Senior Leaving Certificate Examination (including Day School Certificate (Higher) General paper), 1947
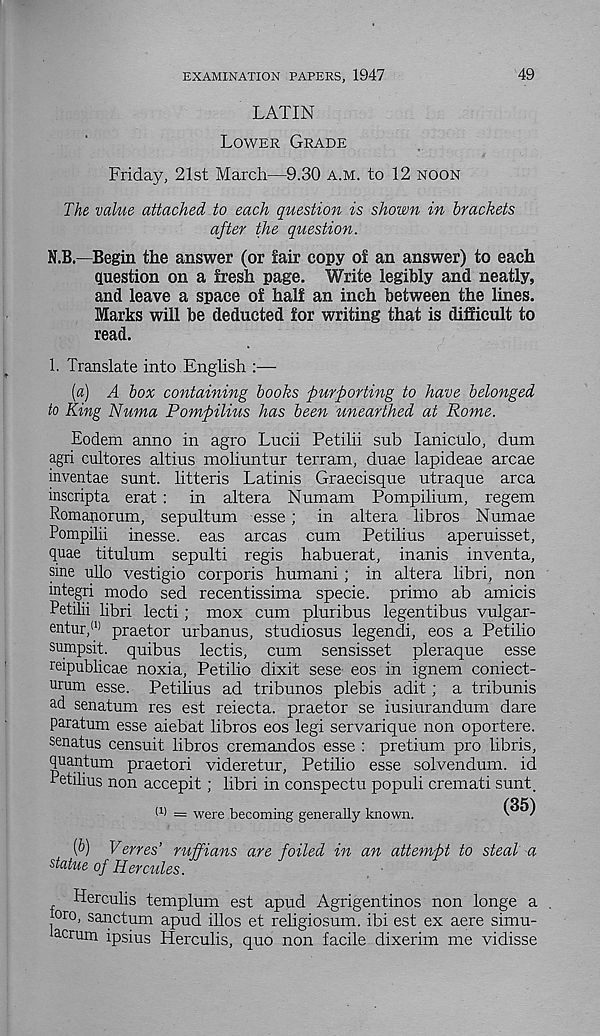
EXAMINATION PAPERS, 1947
49
LATIN
Lower Grade
Friday, 21st March—9.30 a.m. to 12 noon
The value attached to each question is shown in brackets
after the question.
N.B.—Begin the answer (or fair copy of an answer) to each
question on a fresh page. Write legibly and neatly,
and leave a space of half an inch between the lines.
Marks will be deducted for writing that is difficult to
read.
1. Translate into English :—
(a) A box containing books purporting to have belonged
to King Numa Pompilius has been unearthed at Rome.
Eodem anno in agro Lucii Petilii sub laniculo, dum
agri cultores altius moliuntur terrain, duae lapideae arcae
inventae sunt, litteris Latinis Graecisque utraque area
inscripta erat : in altera Numam Pompilium, regem
Romanorum, sepultum esse ; in altera libros Numae
Pompilii inesse. eas areas cum Petilius aperuisset,
quae titulum sepulti regis habuerat, inanis inventa,
sine ullo vestigio corporis humani; in altera libri, non
mtegri modo sed recentissima specie, primo ab amicis
Petilii Hbri lecti; mox cum pluribus legentibus vulgar-
entur, (1) praetor urbanus, studiosus legendi, eos a Petilio
sumpsit. quibus lectis, cum sensisset pleraque esse
reipublicae noxia, Petilio dixit sese eos in ignem coniect-
urum esse. Petilius ad tribunes plebis adit; a tribunis
ad senatum res est reiecta. praetor se iusiurandum dare
paratum esse aiebat libros eos legi servarique non oportere.
senatus censuit libros cremandos esse : pretium pro libris,
quantum praetori videretur, Petilio esse solvendum. id
Petilius non accepit; libri in conspectu populi cremati sunt.
(i) = were becoming generally known.
(6) Verres’ ruffians are foiled in an attempt to steal a
statue of Hercules.
Herculis templum est apud Agrigentinos non longe a
0r°, sanctum apud illos et religiosum. ibi est ex aere simu-
acrum ipsius Herculis, quo non facile dixerim me vidisse